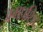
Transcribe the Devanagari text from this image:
जगप्रशिद्द